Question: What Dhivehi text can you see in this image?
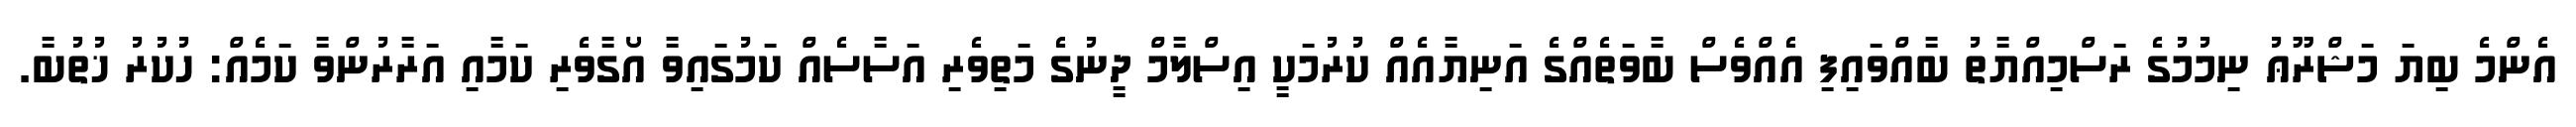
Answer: އެންމެ ބިޔަ މަޝްރޫޢު ނިމުމުގެ ރަސްމިއްޔާތު ބާއްވައިފި އެއްވެސް ބާވަތެއްގެ އަނިޔާއެއް ކުރުމަކީ އިސްލާމް ދީނުގެ މަތިވެރި އަސާސެއް ކަމުގައިވާ އޯގާވެރި ކަމާއި އަރާރުންވާ ކަމެއް: ހުކުރު ޚުތުބާ.